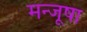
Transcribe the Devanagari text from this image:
मन्जूषा